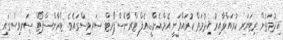
ޚިދުމަތުން ރިޓަޔަރ ކުރައްވާއިރު ޚިދުމަތް ކުރައްވަނީ އެމް.އެން.ޑީ.އެފް ޓްރާންސްޕޯރޓް ސަރވިސްގައެވެ. ޓްރާންސްޕޯޓް ސަރވިސްގައި